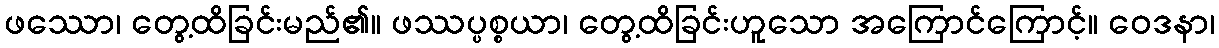
ဖဿော၊ တွေ့ထိခြင်းမည်၏။ ဖဿပ္ပစ္စယာ၊ တွေ့ထိခြင်းဟူသော အကြောင်ကြောင့်။ ဝေဒနာ၊